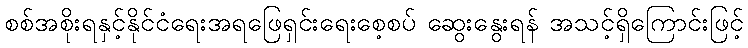
စစ်အစိုးရနှင့်နိုင်ငံရေးအရဖြေရှင်းရေးစေ့စပ် ဆွေးနွေးရန် အသင့်ရှိကြောင်းဖြင့်